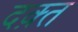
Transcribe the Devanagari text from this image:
दक़्त